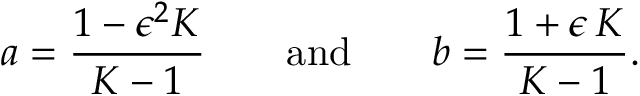
a = \frac { 1 - \epsilon ^ { 2 } { \cal K } } { { \cal K } - 1 } \qquad \mathrm { a n d } \qquad b = \frac { 1 + \epsilon \, { \cal K } } { { \cal K } - 1 } .